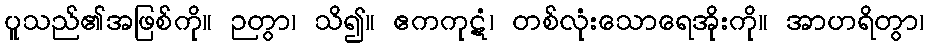
ပူသည်၏အဖြစ်ကို။ ဉတွာ၊ သိ၍။ ဧကကုဋံ၊ တစ်လုံးသောရေအိုးကို။ အာဟရိတွာ၊